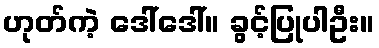
ဟုတ်ကဲ့ ဒေါ်ဒေါ်။ ခွင့်ပြုပါဦး။